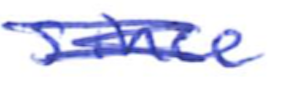
Text: since
Cross-out: scratch
Writing tool: ballpoint